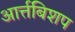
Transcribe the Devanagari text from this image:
आर्त्तबिशप